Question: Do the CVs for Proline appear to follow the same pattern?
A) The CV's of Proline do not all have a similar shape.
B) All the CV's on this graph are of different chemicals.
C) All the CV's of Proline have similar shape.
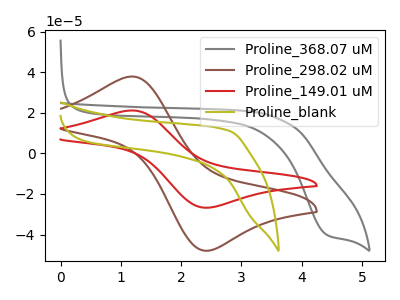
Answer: <think>The gray curve "Proline_368.07 uM" has a cathodic peak at: (4.40V, -39.95uA). The brown curve "Proline_298.02 uM" has an anodic peak at (1.15V, 37.85uA) and a cathodic peak at (2.45V, -48.00uA). The red curve "Proline_149.01 uM" has an anodic peak at (1.15V, 21.15uA) and a cathodic peak at (2.45V, -26.80uA). The olive curve "Proline_blank" has no peaks.
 "Proline_368.07 uM" and "Proline_298.02 uM" have a different number of peaks. "Proline_368.07 uM" and "Proline_149.01 uM" have a different number of peaks. "Proline_368.07 uM" and "Proline_blank" have a different number of peaks. All the peaks in "Proline_298.02 uM" have a peak in "Proline_149.01 uM" at the same potential. Every peak in "Proline_298.02 uM" is higher than every peak in "Proline_149.01 uM". "Proline_298.02 uM" and "Proline_blank" have a different number of peaks. "Proline_149.01 uM" and "Proline_blank" have a different number of peaks.</think>
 <answer>C) All the CV's of "Proline" have similar shape.</answer>
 <eval>C</eval>